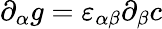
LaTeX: \partial_{\alpha}g=\varepsilon_{\alpha\beta}\partial_{\beta}c